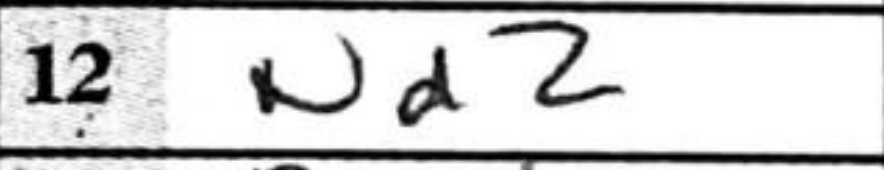
Transcription: Nd2